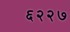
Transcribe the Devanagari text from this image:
६२२७